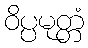
ဝိပ္ပမုတ္တံ